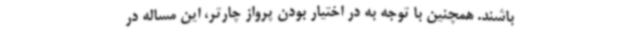
باشند. همچنین با توجه به در اختیار بودن پرواز چارتر، این مساله در